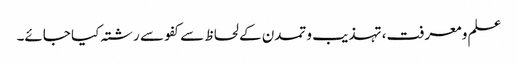
علم و معرفت، تہذیب و تمدن کے لحاظ سے کفو سے رشتہ کیا جائے۔